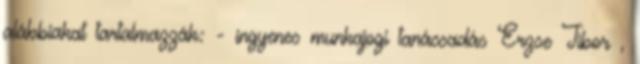
alábbiakat tartalmazzák: - ingyenes munkajogi tanácsadás Erzse Tibor ,